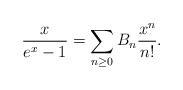
LaTeX: \begin{align*}\frac{x}{e^x-1}=\sum_{n\geq 0}B_n\frac{x^n}{n!}.\end{align*}